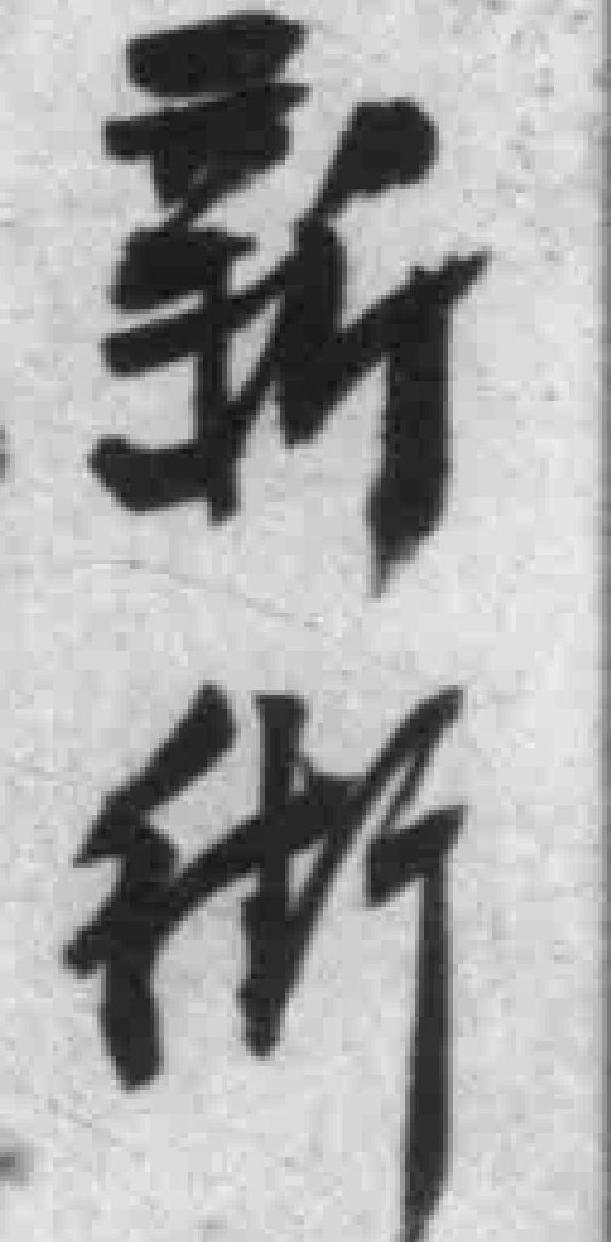
新街